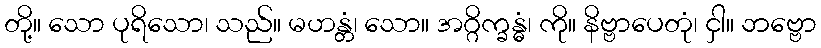
တို့။ သော ပုရိသော၊ သည်။ မဟန္တံ၊ သော။ အဂ္ဂိက္ခန္ဓံ၊ ကို။ နိဗ္ဗာပေတုံ၊ ငှါ။ ဘဗ္ဗော